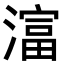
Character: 𪷛